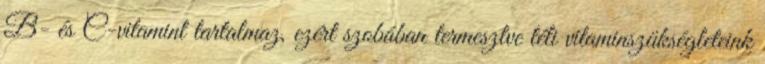
B- és C-vitamint tartalmaz, ezért szobában termesztve téli vitaminszükségleteink